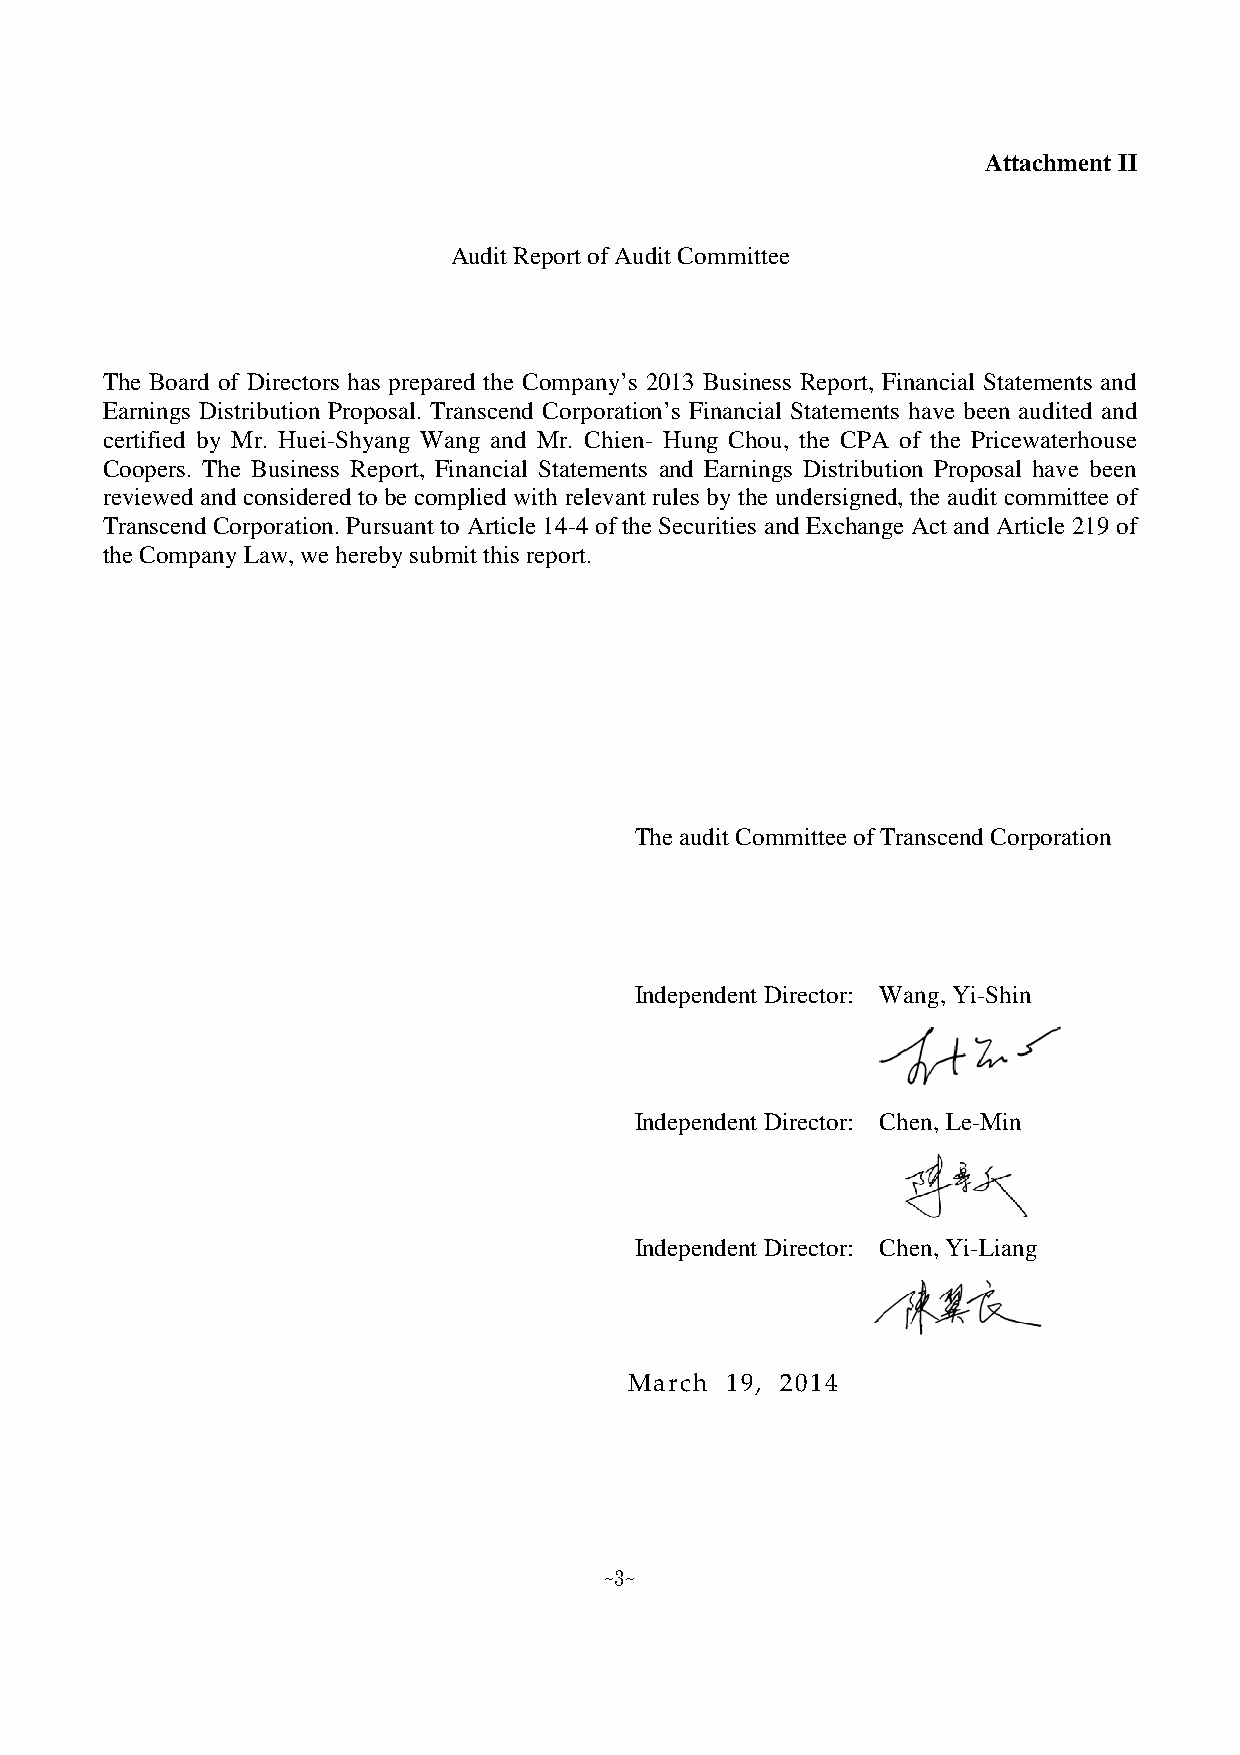
Attachment II
 Audit Report of Audit Committee
 The Board of Directors has prepared the Company’s 2013 Business Report, Financial Statements and
 Earnings Distribution Proposal. Transcend Corporation’s Financial Statements have been audited and
 certified by Mr. Huei-Shyang Wang and Mr. Chien- Hung Chou, the CPA of the Pricewaterhouse
 Coopers. The Business Report, Financial Statements and Earnings Distribution Proposal have been
 reviewed and considered to be complied with relevant rules by the undersigned, the audit committee of
 Transcend Corporation. Pursuant to Article 14-4 of the Securities and Exchange Act and Article 219 of
 the Company Law, we hereby submit this report.
 The audit Committee of Transcend Corporation
 Independent Director: Wang, Yi-Shin
 Independent Director: Chen, Le-Min
 Independent Director: Chen, Yi-Liang
 March 19, 2014
 ~3~